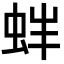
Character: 𧉳